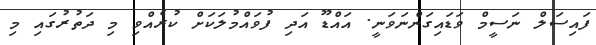
ފައިސަލް ނަސީމް ވަޑައިގަންނަވަނީ. އައްޑޫ އަދި ފުވައްމުލަކަށް ކުރެއްވި މި ދަތުރުގައި މި